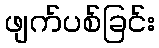
ဖျက်ပစ်ခြင်း